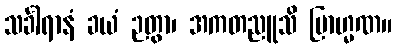
သင်္ခါရာနံ ခယံ ဉတွာ၊ အကတညူသိ ဗြာဟ္မဏ။